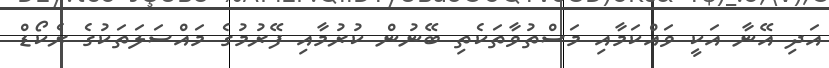
އަދި އޭނާ އަކީ ވައްކަމާއި މަސްތުވާތަކެތި ބޭނުން ކުރުމާއި ފޭރުމުގެ މައްސަލަތަކުގެ ރެކޯޑް